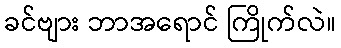
ခင်ဗျား ဘာအရောင် ကြိုက်လဲ။